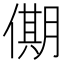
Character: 𠎞